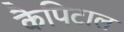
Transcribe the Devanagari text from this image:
कैपिटाल